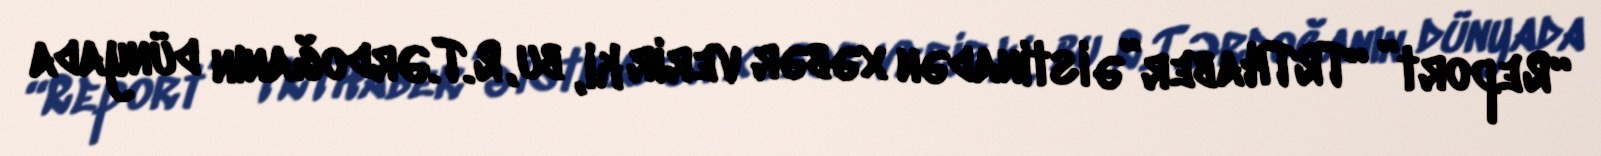
“Report” “TRTHaber”ə istinadən xəbər verir ki, bu, R.T.Ərdoğanın dünyada